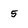
Character: 5